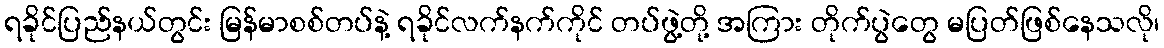
ရခိုင်ပြည်နယ်တွင်း မြန်မာစစ်တပ်နဲ့ ရခိုင်လက်နက်ကိုင် တပ်ဖွဲ့တို့ အကြား တိုက်ပွဲတွေ မပြတ်ဖြစ်နေသလို၊